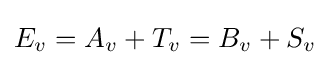
E_{v}=A_{v}+T_{v}=B_{v}+S_{v}